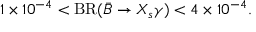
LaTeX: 1 \times 1 0 ^ { - 4 } < \mathrm { B R } ( \bar { B } \rightarrow X _ { s } \gamma ) < 4 \times 1 0 ^ { - 4 } .